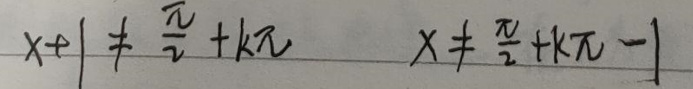
\[
x + 1\neq\frac{\pi}{2}+k\pi\quad x\neq\frac{\pi}{2}+k\pi - 1
\]